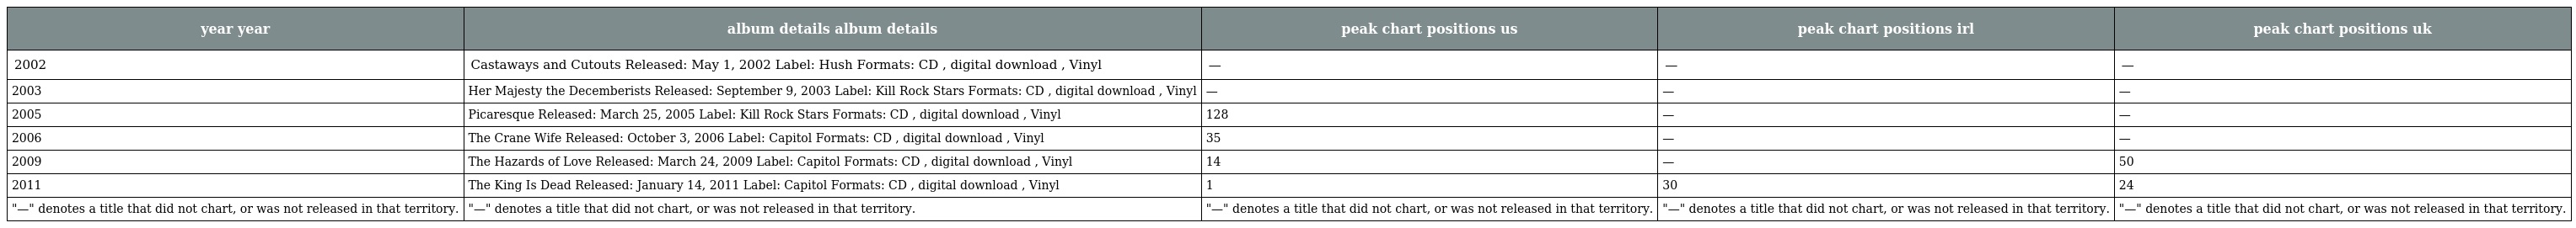
| year year | album details album details | peak chart positions us | peak chart positions irl | peak chart positions uk |
 | --- | --- | --- | --- | --- |
 | 2002 | Castaways and Cutouts Released: May 1, 2002 Label: Hush Formats: CD , digital download , Vinyl | — | — | — |
 | 2003 | Her Majesty the Decemberists Released: September 9, 2003 Label: Kill Rock Stars Formats: CD , digital download , Vinyl | — | — | — |
 | 2005 | Picaresque Released: March 25, 2005 Label: Kill Rock Stars Formats: CD , digital download , Vinyl | 128 | — | — |
 | 2006 | The Crane Wife Released: October 3, 2006 Label: Capitol Formats: CD , digital download , Vinyl | 35 | — | — |
 | 2009 | The Hazards of Love Released: March 24, 2009 Label: Capitol Formats: CD , digital download , Vinyl | 14 | — | 50 |
 | 2011 | The King Is Dead Released: January 14, 2011 Label: Capitol Formats: CD , digital download , Vinyl | 1 | 30 | 24 |
 | "—" denotes a title that did not chart, or was not released in that territory. | "—" denotes a title that did not chart, or was not released in that territory. | "—" denotes a title that did not chart, or was not released in that territory. | "—" denotes a title that did not chart, or was not released in that territory. | "—" denotes a title that did not chart, or was not released in that territory. |